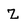
Character: z